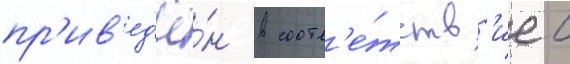
пр'ив'ед'ё́н в соотв'е́тств'ие с